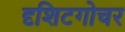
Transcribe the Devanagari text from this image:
दृशिटगोचर